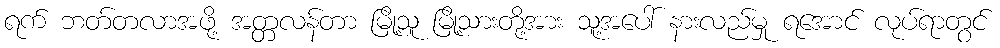
ရက် ဘတ်တလာအဖို့ အတ္တလန်တာ မြို့သူ မြို့သားတို့အား သူ့အပေါ် နားလည်မှု ရအောင် လုပ်ရာတွင်